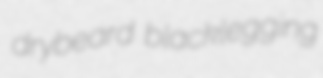
drybeard blacklegging